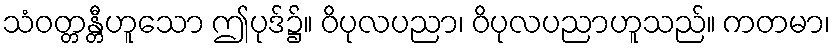
သံဝတ္တန္တီဟူသော ဤပုဒ်၌။ ဝိပုလပညာ၊ ဝိပုလပညာဟူသည်။ ကတမာ၊